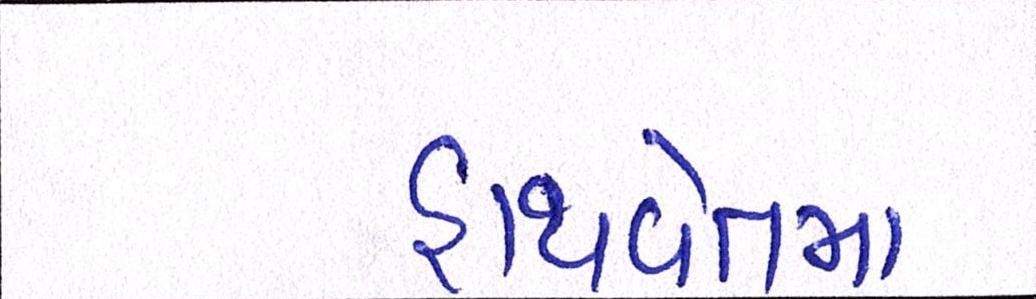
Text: હાથવેતમા